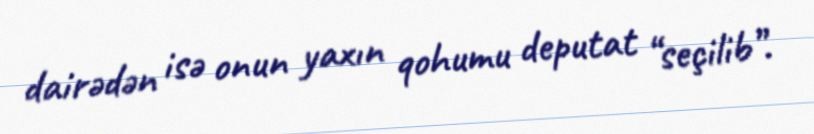
dairədən isə onun yaxın qohumu deputat “seçilib”.